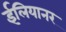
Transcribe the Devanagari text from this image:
ईलियानर